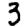
Digit: 3